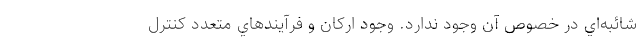
شائبه‌اي در خصوص آن وجود ندارد. وجود اركان و فرآيندهاي متعدد كنترل